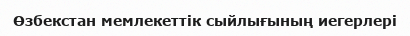
Өзбекстан мемлекеттік сыйлығының иегерлері